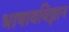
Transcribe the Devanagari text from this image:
भाषावविज्ञान